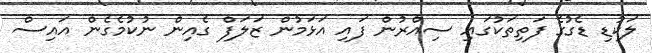
ލަކުޑި ޑެގުގެ ފަތިތަކުގައި ސިއްރުން ފައި އަޅަމުން ޒަލަފް ގެއިން ނުކުމެގެން އައިސް